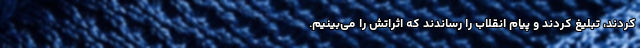
کردند، تبلیغ کردند و پیام انقلاب را رساندند که اثراتش را می‌بینیم.